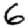
Digit: 6